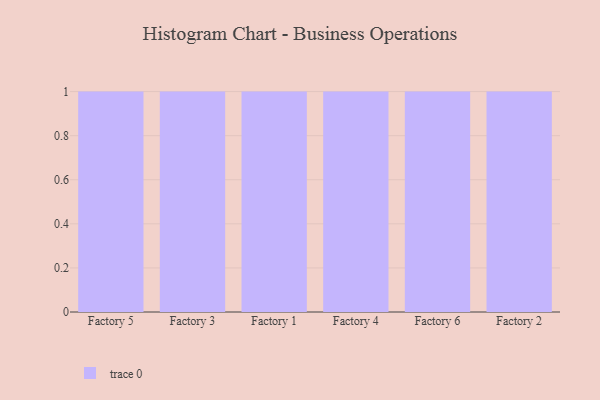
{"axis": {"x": "Factory", "y": "Churn Rate (%)"}, "legend": [""], "data": [{"x": "Factory 5", "y": 31, "type": ""}, {"x": "Factory 3", "y": 11, "type": ""}, {"x": "Factory 1", "y": 71, "type": ""}, {"x": "Factory 4", "y": 44, "type": ""}, {"x": "Factory 6", "y": 88, "type": ""}, {"x": "Factory 2", "y": 4, "type": ""}]}